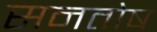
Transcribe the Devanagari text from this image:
सनतोष